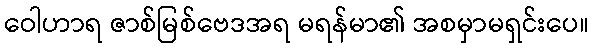
ဝေါဟာရ ဇာစ်မြစ်ဗေဒအရ မရန်မာ၏ အစမှာမရှင်းပေ။